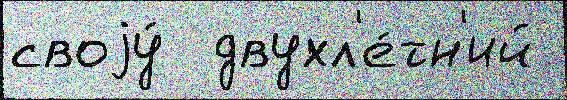
своjу́  двухл'е́тн'ий